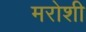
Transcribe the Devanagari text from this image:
मरोशी